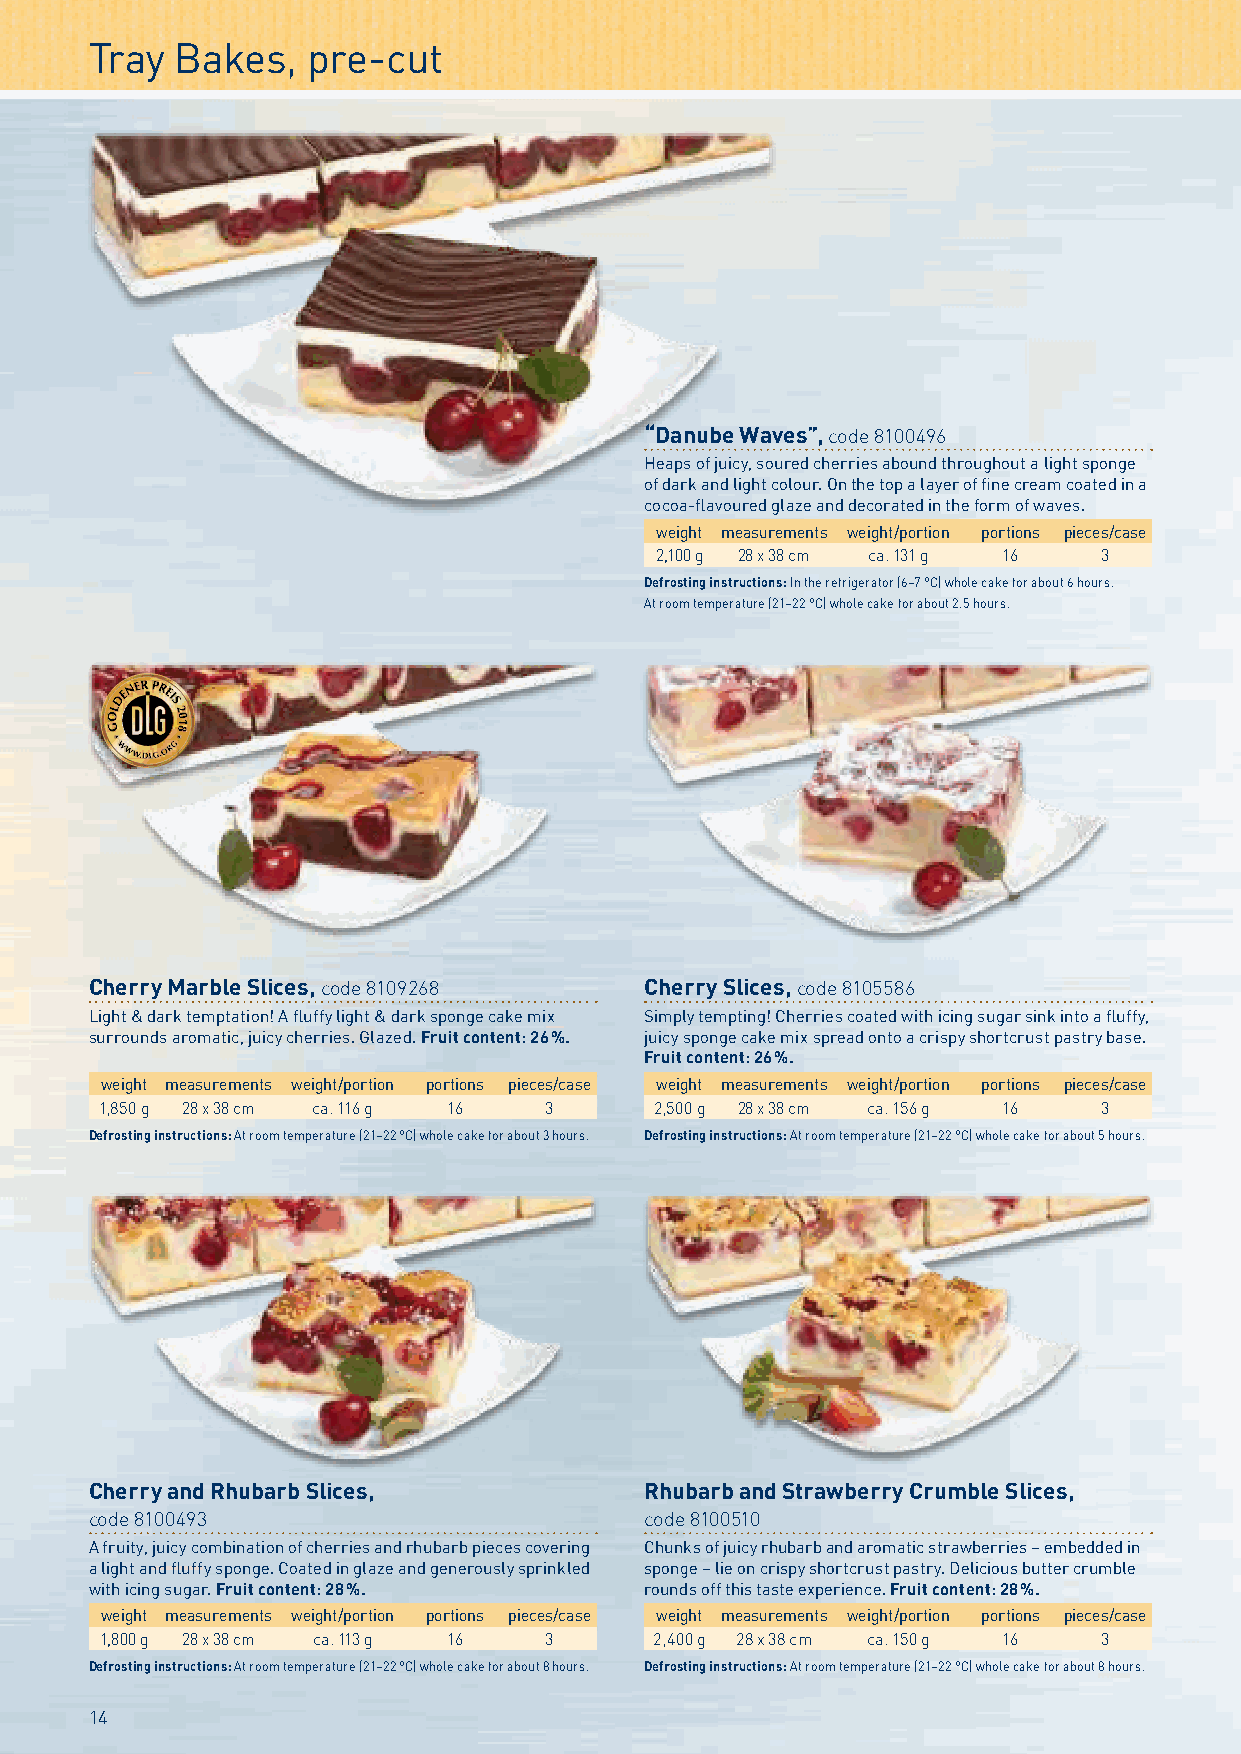
Tray  Bakes,  pre-cut
 “Danube Waves”, code 8100496
 Heaps of juicy, soured cherries abound throughout a light sponge
 of dark and light colour. On the top a layer of fine cream coated in a
 cocoa-flavoured glaze and decorated in the form of waves.
 weight measurements weight/portion portions pieces/case
 2,100 g 28 x 38 cm ca. 131 g 16 3
 Defrosting instructions: In the refrigerator (6–7 °C) whole cake for about 6 hours.
 At room temperature (21–22 °C) whole cake for about 2.5 hours.
 Cherry Marble Slices, code 8109268   Cherry Slices, code 8105586
 Light & dark temptation! A fluffy light & dark sponge cake mix Simply tempting! Cherries coated with icing sugar sink into a fluffy,
 surrounds aromatic, juicy cherries. Glazed. Fruit content: 26 %. juicy sponge cake mix spread onto a crispy shortcrust pastry base.
 Fruit content: 26 %.
 weight measurements weight/portion portions pieces/case weight measurements weight/portion portions pieces/case
 1,850 g 28 x 38 cm ca. 116 g 16 3   2,500 g 28 x 38 cm ca. 156 g 16 3
 Defrosting instructions: At room temperature (21–22 °C) whole cake for about 3 hours. Defrosting instructions: At room temperature (21–22 °C) whole cake for about 5 hours.
 Cherry and Rhubarb Slices,           Rhubarb and Strawberry Crumble Slices,
 code 8100493                         code 8100510
 A fruity, juicy combination of cherries and rhubarb pieces covering Chunks of juicy rhubarb and aromatic strawberries – embedded in
 a light and fluffy sponge. Coated in glaze and generously sprinkled sponge – lie on crispy shortcrust pastry. Delicious butter crumble
 with icing sugar. Fruit content: 28 %. rounds off this taste experience. Fruit content: 28 %.
 weight measurements weight/portion portions pieces/case weight measurements weight/portion portions pieces/case
 1,800 g 28 x 38 cm ca. 113 g 16 3   2,400 g 28 x 38 cm ca. 150 g 16 3
 Defrosting instructions: At room temperature (21–22 °C) whole cake for about 8 hours. Defrosting instructions: At room temperature (21–22 °C) whole cake for about 8 hours.
 14